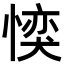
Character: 𪬜